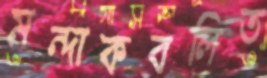
মন্দাকবলিত